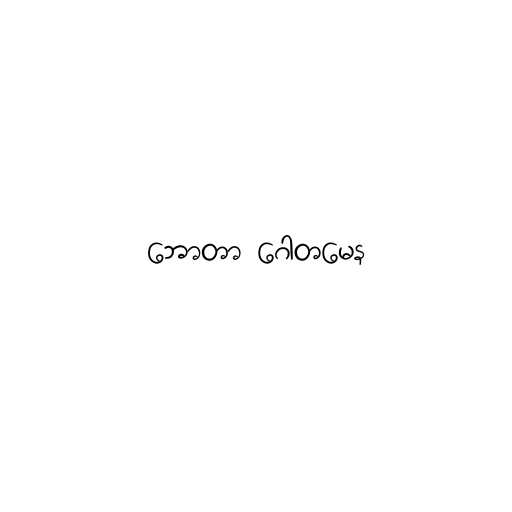
ဘောတာ ဂေါတမေန